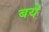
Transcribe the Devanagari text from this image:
बये